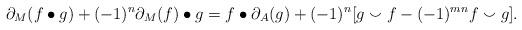
LaTeX: \begin{align*}\partial_M(f \bullet g) + (-1)^n \partial_M(f) \bullet g = f \bullet \partial_A(g) + (-1)^{n}[g \smallsmile f - (-1)^{mn}f \smallsmile g].\end{align*}